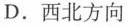
D.西北方向